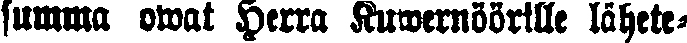
summa owat Herra Kuwernöörille lähete-